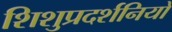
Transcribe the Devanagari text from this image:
शिशुप्रदर्शनियों